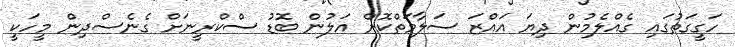
ހަގީގަތުގައި ގެއްލެމުން ދިޔަ އައްޒަ ސަލާމަތްކޮށް އަލުން ބޮޑު ސްކްރީނަށް ގެނެސްދިން މީހަކީ